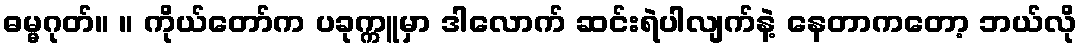
ဓမ္မဂုတ်။ ။ ကိုယ်တော်က ပခုက္ကူမှာ ဒါလောက် ဆင်းရဲပါလျက်နဲ့ နေတာကတော့ ဘယ်လို